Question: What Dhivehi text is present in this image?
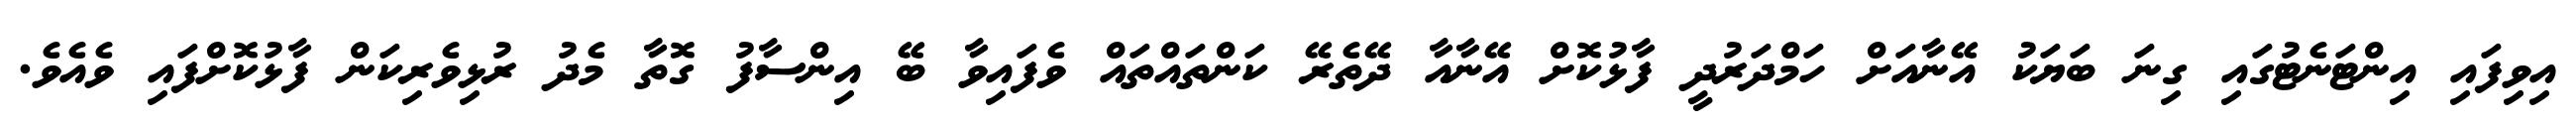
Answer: އިވިފައި އިންޓަނެޓުގައި ގިނަ ބަޔަކު އޭނާއަށް ހަމްދަރުދީ ފާޅުކޮށް އޭނާއާ ދޭތެރޭ ކަންތައްތައް ވެފައިވާ ބޭ އިންސާފު ގޮތާ މެދު ރުޅިވެރިކަން ފާޅުކޮށްފައި ވެއެވެ.